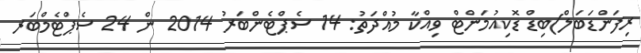
ރިފަންޑަބަލް)ބިޑް ޑޮކިއުމަންޓް ވިއްކާ މުއްދަތު: 14 ސެޕްޓެންބަރު 2014 ން 24 ސެޕްޓެމްބަރ